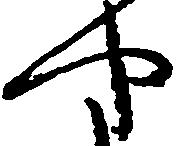
や